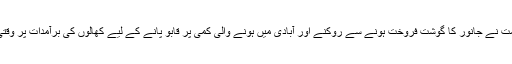
ستمبر 2015 میں حکومت نے جانور کا گوشت فروخت ہونے سے روکنے اور آبادی میں ہونے والی کمی پر قابو پانے کے لیے کھالوں کی برآمدات پر وقتی پابندی عائد کردی تھی۔